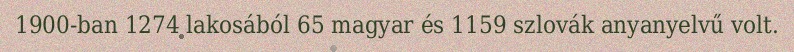
1900-ban 1274 lakosából 65 magyar és 1159 szlovák anyanyelvű volt.